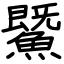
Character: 鱀